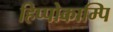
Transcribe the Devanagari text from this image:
हिप्पोकाम्पि